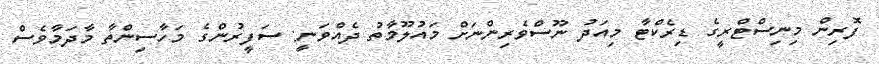
ފޮރިން މިނިސްޓްރީގެ ޑިރެކްޓާ މިއަދު ނޫސްވެރިންނަށް މައުލޫމާތު ދެއްވަނީ: ސަފީރުންގެ މަހާސިންތާ މާދަމާވެސް